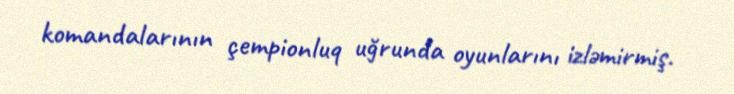
komandalarının çempionluq uğrunda oyunlarını izləmirmiş.